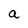
Character: a